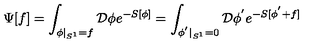
\Psi [ f ] = \int _ { \phi | _ { S ^ { 1 } } = f } { \cal D } \phi e ^ { - S [ \phi ] } = \int _ { \phi ^ { ' } | _ { S ^ { 1 } } = 0 } { \cal D } \phi ^ { ' } e ^ { - S [ \phi ^ { ' } + f ] }